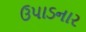
ઉપાડનાર